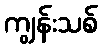
ကျွန်းသစ်